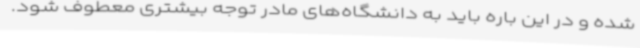
شده و در این باره باید به دانشگاه‌های مادر توجه بیشتری معطوف شود.